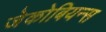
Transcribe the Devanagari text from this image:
जेकोबियन्स